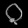
Digit: ၀